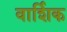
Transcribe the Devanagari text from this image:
वार्शिक